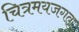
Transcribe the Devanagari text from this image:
चित्रमयजगत्‌